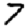
Digit: 7